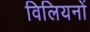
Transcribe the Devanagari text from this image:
विलियनों